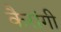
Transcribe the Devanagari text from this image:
कैरांगी